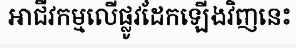
អាជីវកម្មលើផ្លូវដែកឡើងវិញនេះ